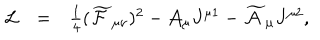
LaTeX: \begin{array} { l l l } { { \mathcal { L } } } & { { = } } & { { \frac { 1 } { 4 } ( \widetilde { \mathcal { F } } _ { \mu \nu } ) ^ { 2 } - \mathcal { A } _ { \mu } J ^ { \mu 1 } - \widetilde { \mathcal { A } } _ { \mu } J ^ { \mu 2 } , } } \\ \end{array}